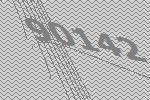
90142